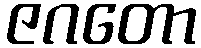
ဇဂတော